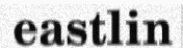
eastlin